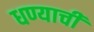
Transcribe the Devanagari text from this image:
धण्याची